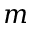
m